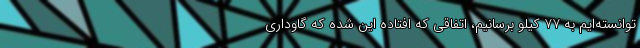
توانسته‌ایم به ۷۷ کیلو برسانیم، اتفاقی که افتاده این شده که گاوداری